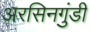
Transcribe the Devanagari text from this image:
अरसिनगुंडी